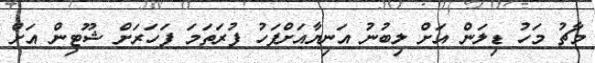
މާޗު މަހު ޑިލަން އަށް ލިބުނު އަނިޔާއަށްފަހު ފުރަތަމަ ފަހަރަށް ޝޫޓިން އަށް